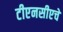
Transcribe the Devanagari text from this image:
टीएनसीएचे